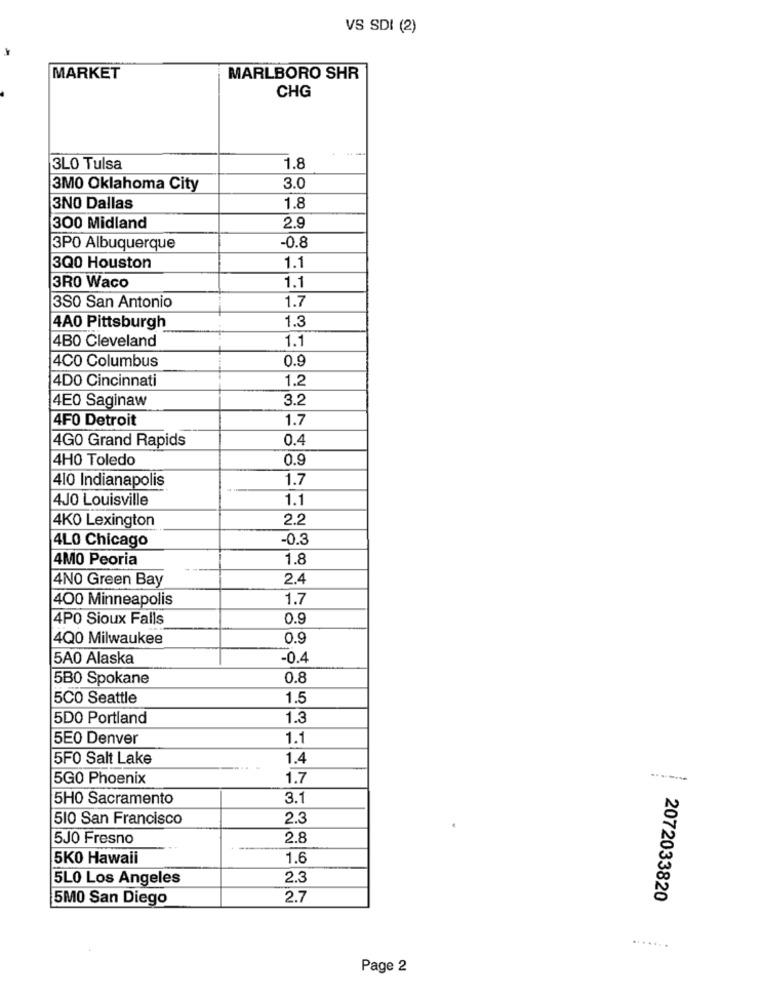
VS SDI (2)
MARKET
MARLBORO SHR
CHG
3LO Tulsa
1.8
3MO Oklahoma City
3.0
3NO Dallas
1.8
300 Midland
2.9
3PO Albuquerque
-0.8
3Q0 Houston
1.1
1.1
3RO Waco
1.7
3SO San Antonio
1.3
4A0 Pittsburgh
4B0 Cleveland
1.1
4CO Columbus
0.9
4DO Cincinnati
1.2
4E0 Saginaw
3.2
4F0 Detroit
1.7
4G0 Grand Rapids
0.4
4HO Toledo
0.9
410 Indianapolis
1.7
4JO Louisville
1.1
4KO Lexington
2.2
4LO Chicago
-0.3
4MO Peoria
1.8
4NO Green Bay
2.4
400 Minneapolis
1.7
4PO Sioux Falls
0.9
4Q0 Milwaukee
0.9
5A0 Alaska
-0.4
5B0 Spokane
0.8
5CO Seattle
1.5
5DO Portland
1.3
5E0 Denver
1.1
5F0 Salt Lake
1.4
5G0 Phoenix
1.7
5HO Sacramento
3.1
510 San Francisco
2.3
5J0 Fresno
2.8
5K0 Hawaii
1.6
5LO Los Angeles
2.3
5MO San Diego
2.7
2072033820
.......
Page 2